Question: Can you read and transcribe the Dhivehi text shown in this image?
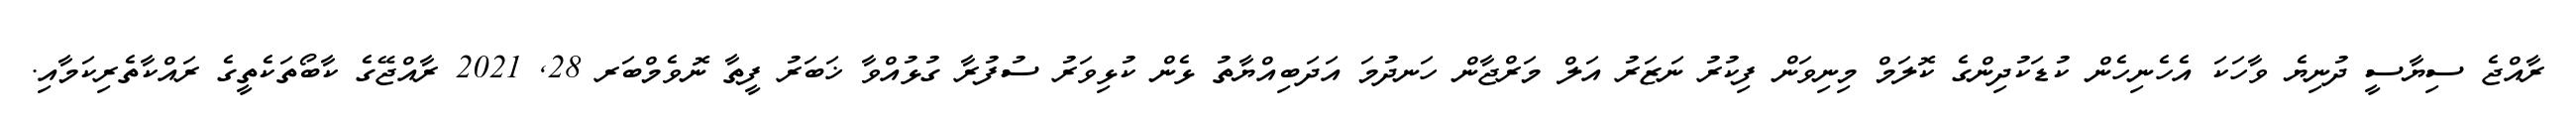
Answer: ރާއްޖެ ސިޔާސީ ދުނިޔެ ވާހަކަ އެހެނިހެން ކުޑަކުދިންގެ ކޮލަމް މިނިވަން ފިކުރު ނަޒަރު އަލް މަރްޖާން ހަނދުމަ އަދަބިއްޔާތު ޅެން ކުޅިވަރު ސުފުރާ ގުޅުއްވާ ޚަބަރު ފީތާ ނޮވެމްބަރ 28, 2021 ރާއްޖޭގެ ކާބޯތަކެތީގެ ރައްކާތެރިކަމާއި.